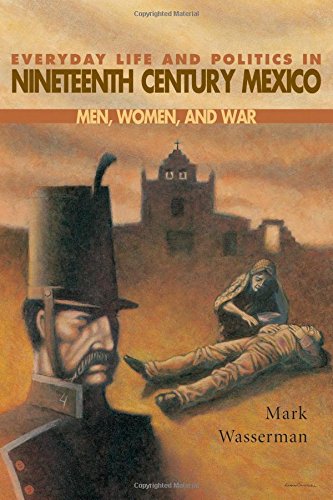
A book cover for Everyday Life and Politics in Nineteenth Century Mexico : Men, Women, and War; Mark Wasserman; History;